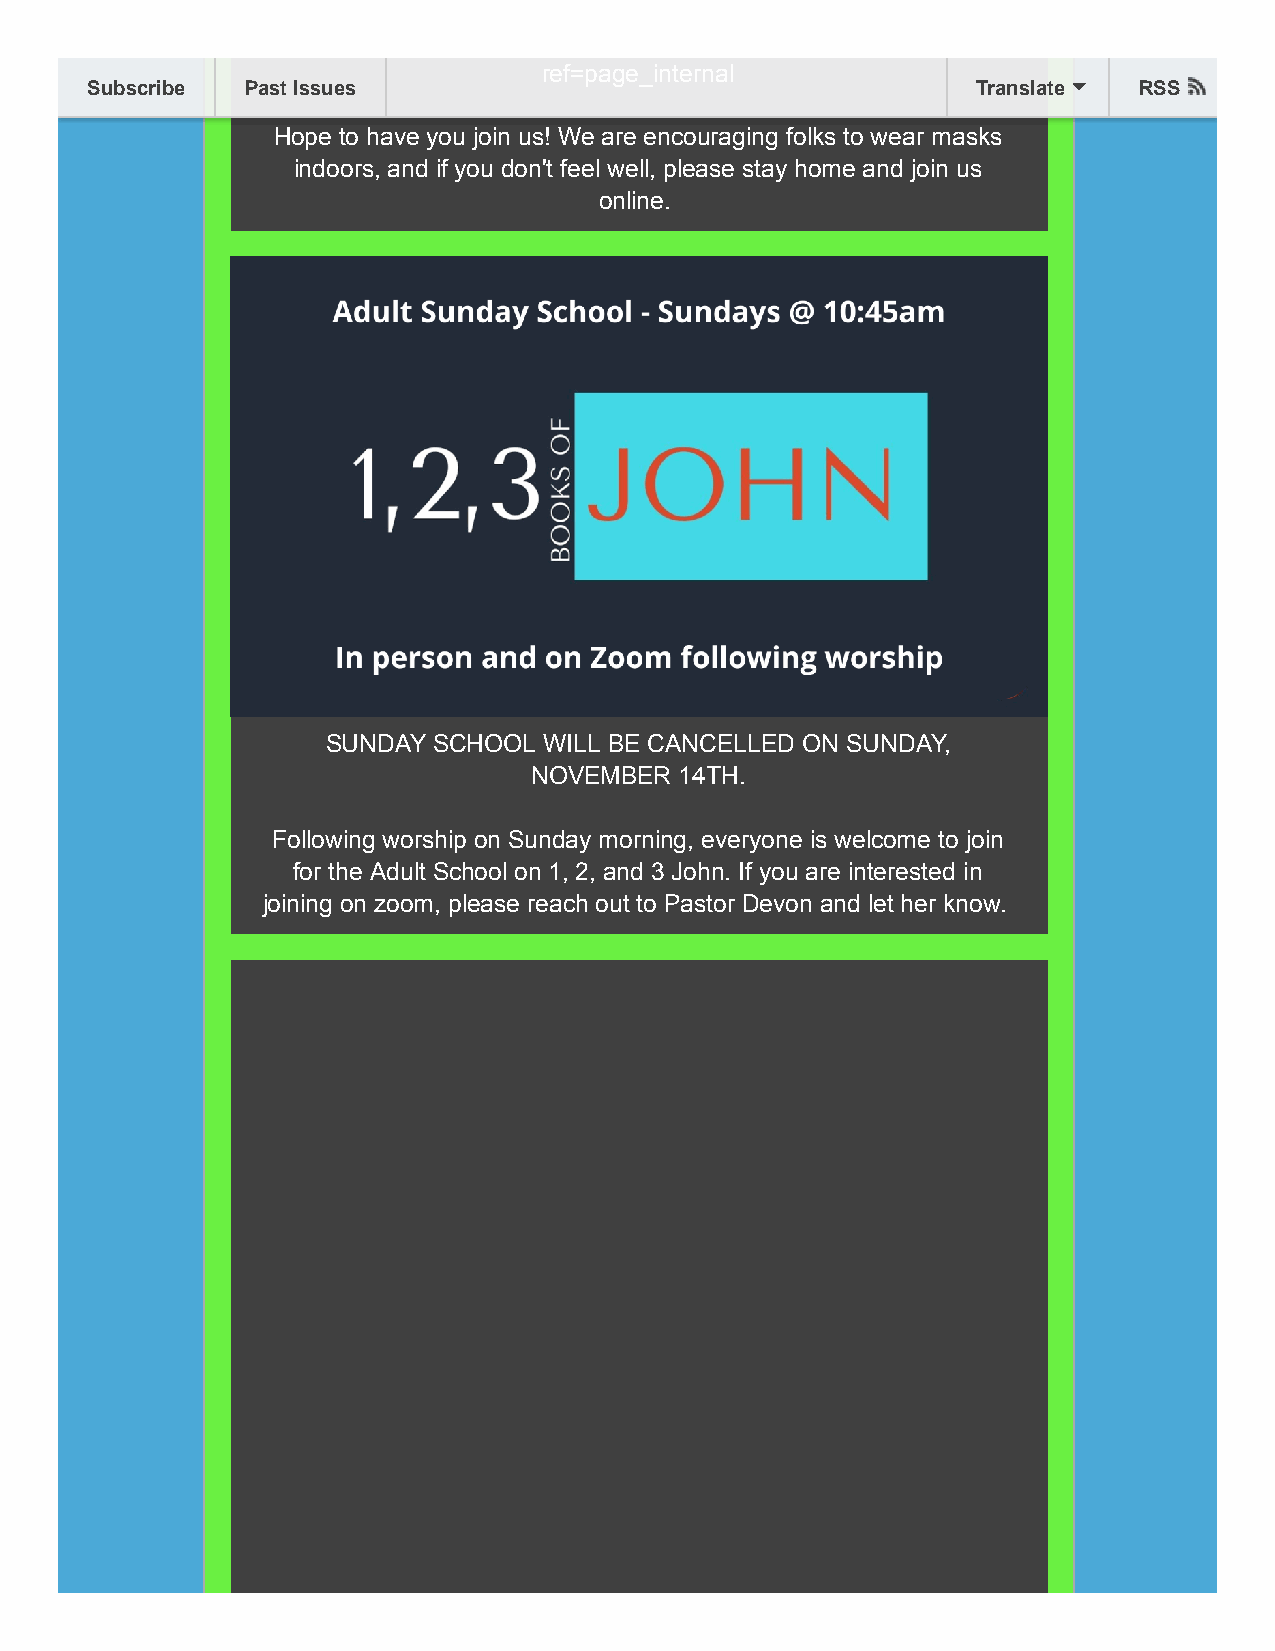
ref=page_internal
 Subscribe Past Issues                                      Translate RSS
 Hope to have you join us! We are encouraging folks to wear masks
 indoors, and if you don't feel well, please stay home and join us
 online.
 SUNDAY SCHOOL WILL BE CANCELLED ON SUNDAY,
 NOVEMBER  14TH.
 Following worship on Sunday morning, everyone is welcome to join
 for the Adult School on 1, 2, and 3 John. If you are interested in
 joining on zoom, please reach out to Pastor Devon and let her know.